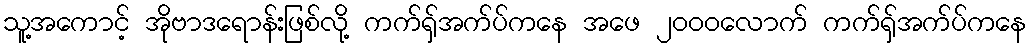
သူ့အကောင့် အိုဗာဒရောန်းဖြစ်လို့ ကက်ရှ်အက်ပ်ကနေ အဖေ ၂၀၀၀လောက် ကက်ရှ်အက်ပ်ကနေ